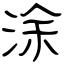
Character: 涂